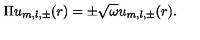
\Pi u _ { m , l , \pm } ( r ) = \pm \sqrt { \omega } u _ { m , l , \pm } ( r ) .